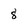
Character: 8